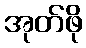
အုတ်ဖို